Annual report on the working of the lock hospitals in the Central Provinces
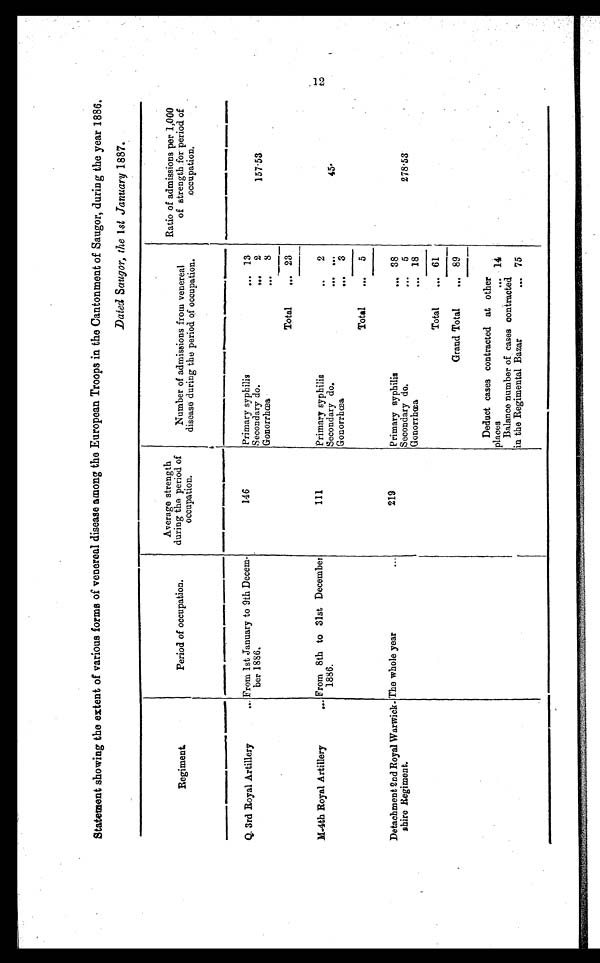
Statement showing the extent of various forms of venereal disease among the European Troops in the Cantonment of Saugor, during the year 1886.
Dated Saugor, the 1 st January 1887.
Regiment.
Period of occupation.
Average strength
during the period of
occupation.
Number of admissions from venereal
disease during the period of occupation.
Ratio of admissions per 1,00
0 of strength for period
of occupation.
Q. 3rd Royal Artillery
... From 1st January to 9th Decem- ber 1886.
146
Primary syphilis
... 13
Secondary do.
. . . 2
157·53
Gonorrhœa
... 8
Total
. . . 23
M-4th Royal Artillery
... From 8th to 31st December
1886.
111
Primary syphilis
. .
2
Secondary do.
. . .
. . .
45·
Gonorrhœa
. . .
3
Total
...
5
Detachment 2nd Royal Warwick-
shire Regiment.
The whole year
...
219
Primary syphilis
. . . 38
Secondary do.
...
5
278·53
Gonorrhœa
... 18
Total
. . . 61
Grand Total
... 89
Deduct cases contracted at other
places
. . . 14
Balance number of cases contracted
in the Regimental Bazar
. . . 75
12